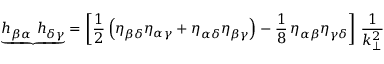
{ \underbrace { h _ { \beta \alpha } ~ h _ { \delta \gamma } } } = \left[ \frac { 1 } { 2 } \left( \eta _ { \beta \delta } \eta _ { \alpha \gamma } + \eta _ { \alpha \delta } \eta _ { \beta \gamma } \right) - \frac { 1 } { 8 } \, \eta _ { \alpha \beta } \eta _ { \gamma \delta } \right] \, \frac { 1 } { k _ { \bot } ^ { 2 } }